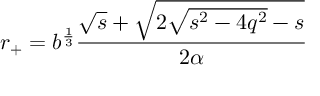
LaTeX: r _ { + } = b ^ { \frac 1 3 } \frac { \sqrt { s } + \sqrt { 2 \sqrt { s ^ { 2 } - 4 q ^ { 2 } } - s } } { 2 \alpha }